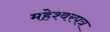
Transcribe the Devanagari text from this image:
महेश्वरपत्र